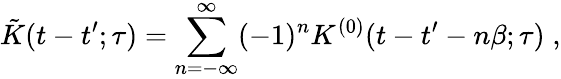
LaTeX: \tilde{K}(t-t^{\prime};\tau)=\sum_{n=-\infty}^{\infty}(-1)^{n}K^{(0)}(t-t^{\prime}-n\beta;\tau)\; ,